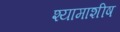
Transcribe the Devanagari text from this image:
श्यामाशीष